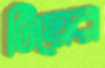
টিয়ের